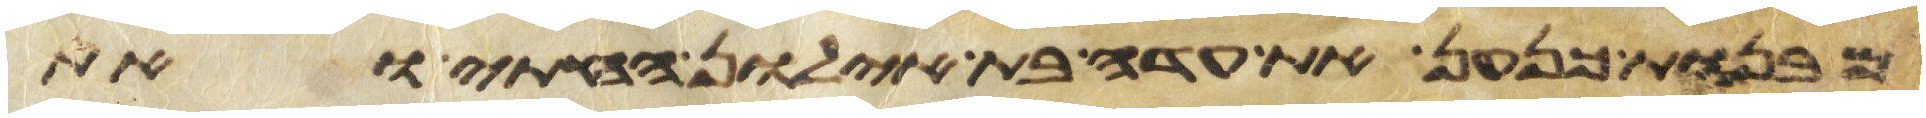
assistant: מבנות כנען את עדה בת אילון החתי ואת